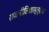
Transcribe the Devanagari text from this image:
राजनीतिशास्त्रीय